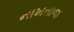
નાખતાજ